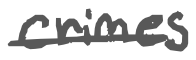
Text: crimes
Cross-out: single-line
Writing tool: digital_gray